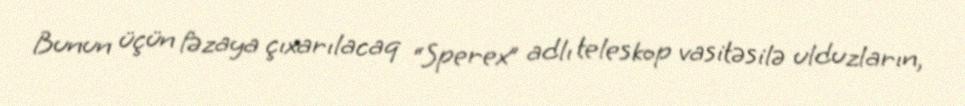
Bunun üçün fəzaya çıxarılacaq “Sperex” adlı teleskop vasitəsilə ulduzların,